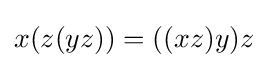
x(z(yz))=((xz)y)z